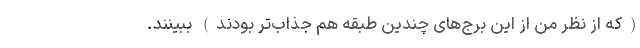
(که از نظر من از این برج‌های چندین طبقه هم جذاب‌تر بودند) ببینند.